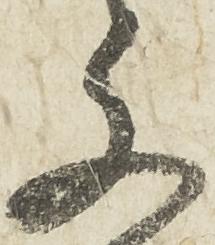
文